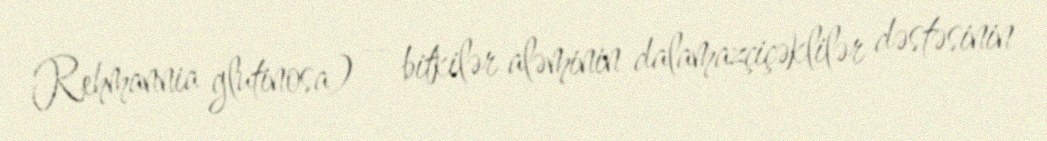
Rehmannia glutinosa) — bitkilər aləminin dalamazçiçəklilər dəstəsinin